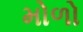
મોળો